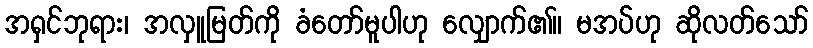
အရှင်ဘုရား၊ အလှူမြတ်ကို ခံတော်မူပါဟု လျှောက်၏။ မအပ်ဟု ဆိုလတ်သော်